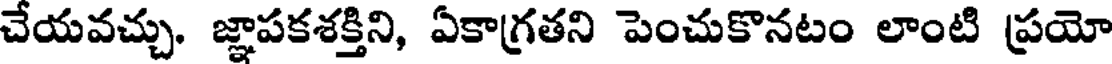
చేయవచ్చు. జ్ఞాపకశక్తిని, ఏకాగ్రతని పెంచుకొనటం లాంటి ప్రయో